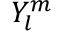
Y _ { l } ^ { m }